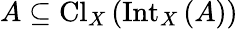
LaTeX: A\subseteq\operatorname{Cl}_{X}\left(\operatorname{Int}_{X}\left(A\right)\right)